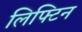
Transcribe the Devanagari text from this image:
लिफ्टिन